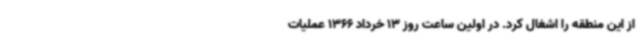
از این منطقه را اشغال کرد. در اولین ساعت روز 13 خرداد 1366 عملیات